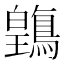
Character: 𲍥